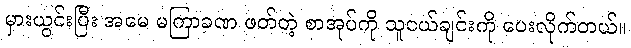
မှားယွင်းပြီး အမေ မကြာခဏ ဖတ်တဲ့ စာအုပ်ကို သူငယ်ချင်းကို ပေးလိုက်တယ်။